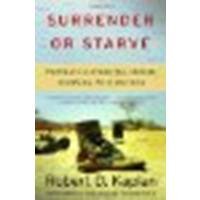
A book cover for Surrender or Starve: Travels in Ethiopia, Sudan, Somalia, and Eritrea by Kaplan, Robert D. [Vintage, 2003] (Paperback) [Paperback]; Kaplan; Travel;